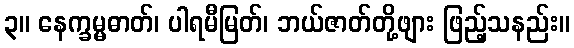
၃။ နေက္ခမ္မဓာတ်၊ ပါရမီမြတ်၊ ဘယ်ဇာတ်တို့ဖျား ဖြည့်သနည်း။